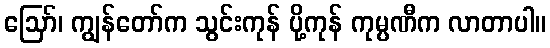
ဪ၊ ကျွန်တော်က သွင်းကုန် ပို့ကုန် ကုမ္ပဏီက လာတာပါ။